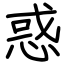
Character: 惑